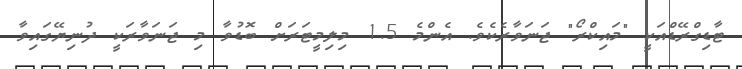
ޓާޑިގްރޭޑްއަކީ "މައިކްރޯ" ޖަނަވާރެކެވެ. އެންމެ 1.5 މިލިމީޓަރަށް ބޮޑުވާ މި ޖަނަވާރަކީ ދުނިޔޭގައިވާ